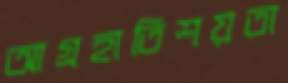
আগ্রহাতিশয়তা